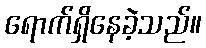
ရောက်ရှိနေခဲ့သည်။